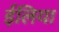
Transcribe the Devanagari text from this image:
ईलिया